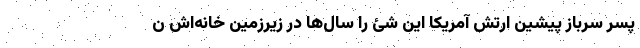
پسر سرباز پیشین ارتش آمریکا این شئ را سال‌ها در زیرزمین خانه‌اش ن